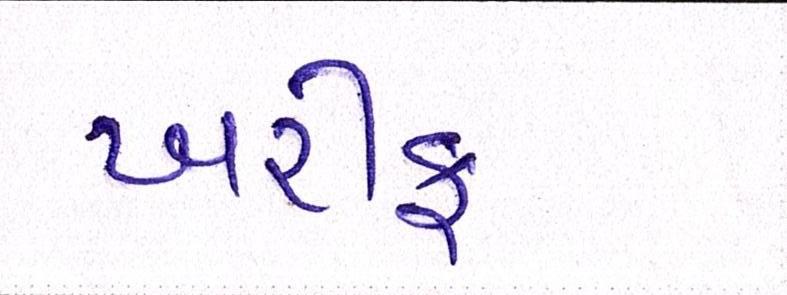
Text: ખરીફ